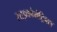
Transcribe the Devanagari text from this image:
साइक्रोमेट्रिक्स